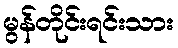
မွန်တိုင်းရင်းသား